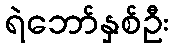
ရဲဘော်နှစ်ဦး